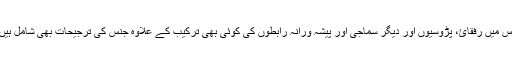
اس میں رفقائ، پڑوسیوں اور دیگر سماجی اور پیشہ ورانہ رابطوں کی کوئی بھی ترکیب کے علاوہ جنس کی ترجیحات بھی شامل ہیں۔